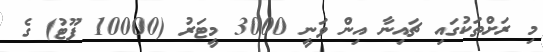
މި ރަށްތަކުގައި ޗައިނާ އިން ވަނީ 3000 މީޓަރު (10000 ފޫޓު) ގެ